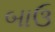
બાઉ